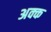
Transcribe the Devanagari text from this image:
अक्क